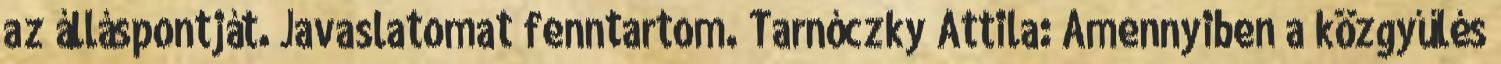
az álláspontját. Javaslatomat fenntartom. Tarnóczky Attila: Amennyiben a közgyűlés